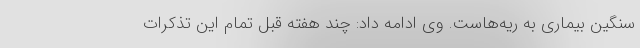
سنگین بیماری به ریه‌هاست. وی ادامه داد: چند هفته قبل تمام این تذکرات